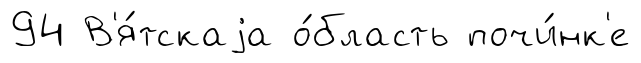
94 В'я́тскаjа о́бласть почи́нк'е